Civil Veterinary Department. Madras. Admin. report 1910-25 - 1910-1925
Year: 1910
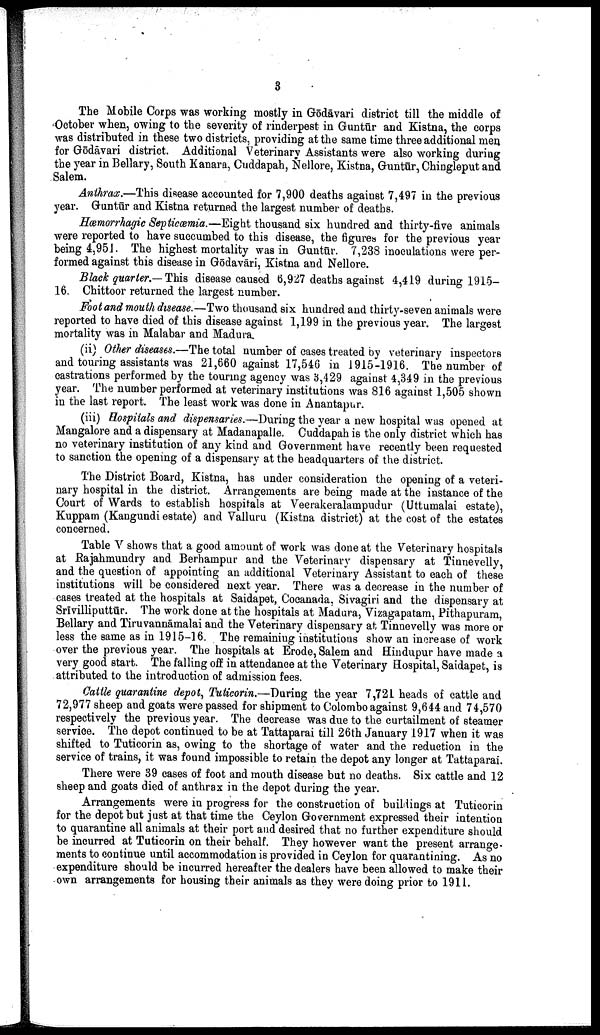
3
The Mobile Corps was working mostly in Gōdāvari district till the middle of
October when, owing to the severity of rinderpest in Guntūr and Kistna, the corps
was distributed in these two districts, providing at the same time three additional men
for Gōdāvari district. Additional Veterinary Assistants were also working during
the year in Bellary, South Kanara, Cuddapah, Nellore, Kistna, Guntūr, Chingleput and
Salem.
Anthrax.—This disease accounted for 7,900 deaths against 7,497 in the previous
year. Guntūr and Kistna returned the largest number of deaths.
Hæmorrhagic Septicæmia.—Eight thousand six hundred and thirty-five animals
were reported to have succumbed to this disease, the figures for the previous year
being 4,951. The highest mortality was in Guntūr. 7,238 inoculations were per
formed against this disease in Gōdāvari, Kistna and Nellore.
Black quarter.— This disease caused 6,927 deaths against 4,419 during 1915-
16. Chittoor returned the largest number.
Foot and mouth disease.—Two thousand six hundred and thirty-seven animals were
reported to have died of this disease against 1,199 in the previous year. The largest
mortality was in Malabar and Madura.
(ii) Other diseases.—The total number of cases treated by veterinary inspectors
and touring assistants was 21,660 against 17,546 in 1915-1916. The number of
castrations performed by the touring agency was 3,429 against 4,349 in the previous
year. The number performed at veterinary institutions was 816 against 1,505 shown
in the last report. The least work was done in Anantapur.
(iii) Hospitals and dispensaries.—During the year a new hospital was opened at
Mangalore and a dispensary at Madanapalle. Cuddapah is the only district which has
no veterinary institution of any kind and Government have recently been requested
to sanction the opening of a dispensary at the headquarters of the district.
The District Board, Kistna, has under consideration the opening of a veteri
nary hospital in the district. Arrangements are being made at the instance of the
Court of Wards to establish hospitals at Veerakeralampudur (Uttumalai estate),
Kuppam (Kangundi estate) and Valluru (Kistna district) at the cost of the estates
concerned.
Table V shows that a good amount of work was done at the Veterinary hospitals
at Rajahmundry and Berhampur and the Veterinary dispensary at Tinnevelly,
and the question of appointing an additional Veterinary Assistant to each of these
institutions will be considered next year. There was a decrease in the number of
cases treated at the hospitals at Saidapet, Cocanada, Sivagiri and the dispensary at
Srīvilliputtūr. The work done at the hospitals at Madura, Vizagapatam, Pithapuram,
Bellary and Tiruvannāmalai and the Veterinary dispensary at Tinnevelly was more or
less the same as in 1915-16. The remaining institutions show an increase of work
over the previous year. The hospitals at Erode, Salem and Hindupur have made a
very good start. The falling off in attendance at the Veterinary Hospital, Saidapet, is
attributed to the introduction of admission fees.
Cattle quarantine depot, Tuticorin.—During the year 7,721 heads of cattle and
72,977 sheep and goats were passed for shipment to Colombo against 9,644 and 74,570
respectively the previous year. The decrease was due to the curtailment of steamer
service. The depot continued to be at Tattaparai till 26th January 1917 when it was
shifted to Tuticorin as, owing to the shortage of water and the reduction in the
service of trains, it was found impossible to retain the depot any longer at Tattaparai.
There were 39 cases of foot and mouth disease but no deaths. Six cattle and 12
sheep and goats died of anthrax in the depot during the year.
Arrangements were in progress for the construction of buildings at Tuticorin
for the depot but just at that time the Ceylon Government expressed their intention
to quarantine all animals at their port and desired that no further expenditure should
be incurred at Tuticorin on their behalf. They however want the present arrange
ments to continue until accommodation is provided in Ceylon for quarantining. As no
expenditure should be incurred hereafter the dealers have been allowed to make their
own arrangements for housing their animals as they were doing prior to 1911.